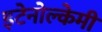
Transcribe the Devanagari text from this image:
इटेनोल्केमी